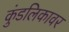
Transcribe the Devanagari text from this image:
कुंडलिकावर